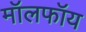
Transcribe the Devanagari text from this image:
मॉलफॉय